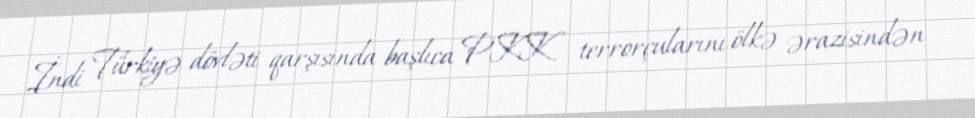
İndi Türkiyə dövləti qarşısında başlıca PKK terrorçularını ölkə ərazisindən